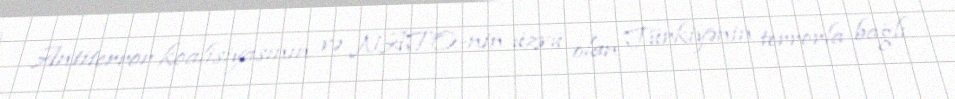
Antiterror koalisiyasının və NATO-nin üzvü olan Türkiyənin terrorla bağlı